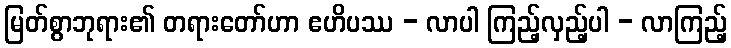
မြတ်စွာဘုရား၏ တရားတော်ဟာ ဧဟိပဿ - လာပါ ကြည့်လှည့်ပါ - လာကြည့်